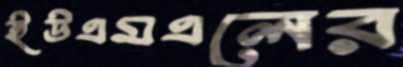
ইউএমএলের